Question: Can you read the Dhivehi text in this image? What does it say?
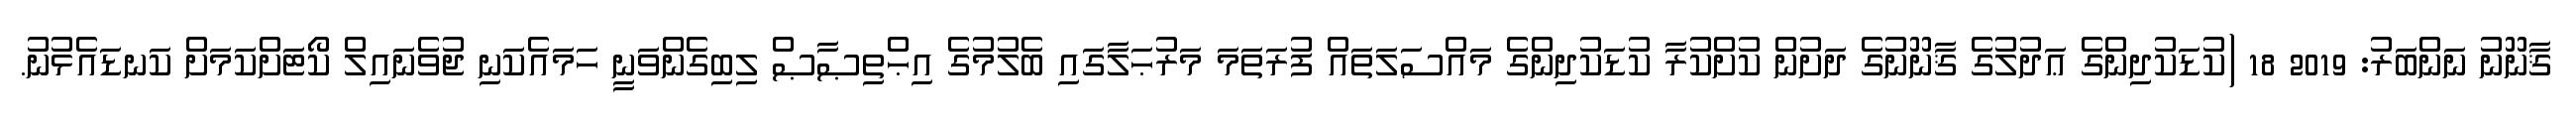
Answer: ޤާނޫނު ނަންބަރު: 2019 18 (ކުޑަކުދިންގެ ޢަދުލުގެ ޤާނޫނުގެ ދަށުން ކުށްކުރާ ކުޑަކުދިންގެ މައްސަލަތައް ފުރަތަމަ މަރުޙަލާގައި ބެލުމުގެ އިޙްތިޞާޞް ލިބިގެންވަނީ ހަމައެކަނި ޖުވެނައިލް ކޯޓަށްކަމަށް ކަނޑައެޅުނު.